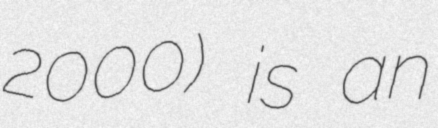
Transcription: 2000) is an